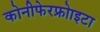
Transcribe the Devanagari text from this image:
कोनीफेरफ्रोाइटा